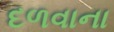
દળવાના